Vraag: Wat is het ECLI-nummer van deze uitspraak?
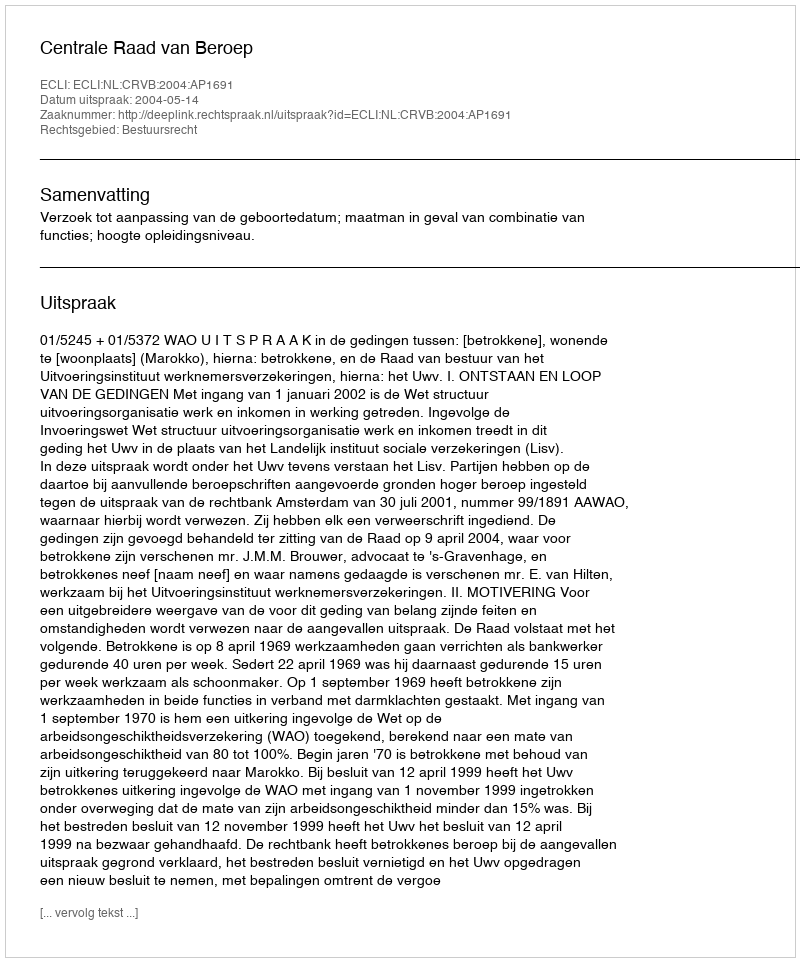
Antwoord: ECLI:NL:CRVB:2004:AP1691